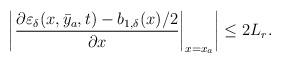
LaTeX: \begin{align*}\left|\left.\dfrac{\partial\varepsilon_\delta(x,\bar{y}_a,t)-b_{1,\delta}(x)/2}{\partial x}\right|_{x = x_a}\right| \le 2 L_r .\end{align*}